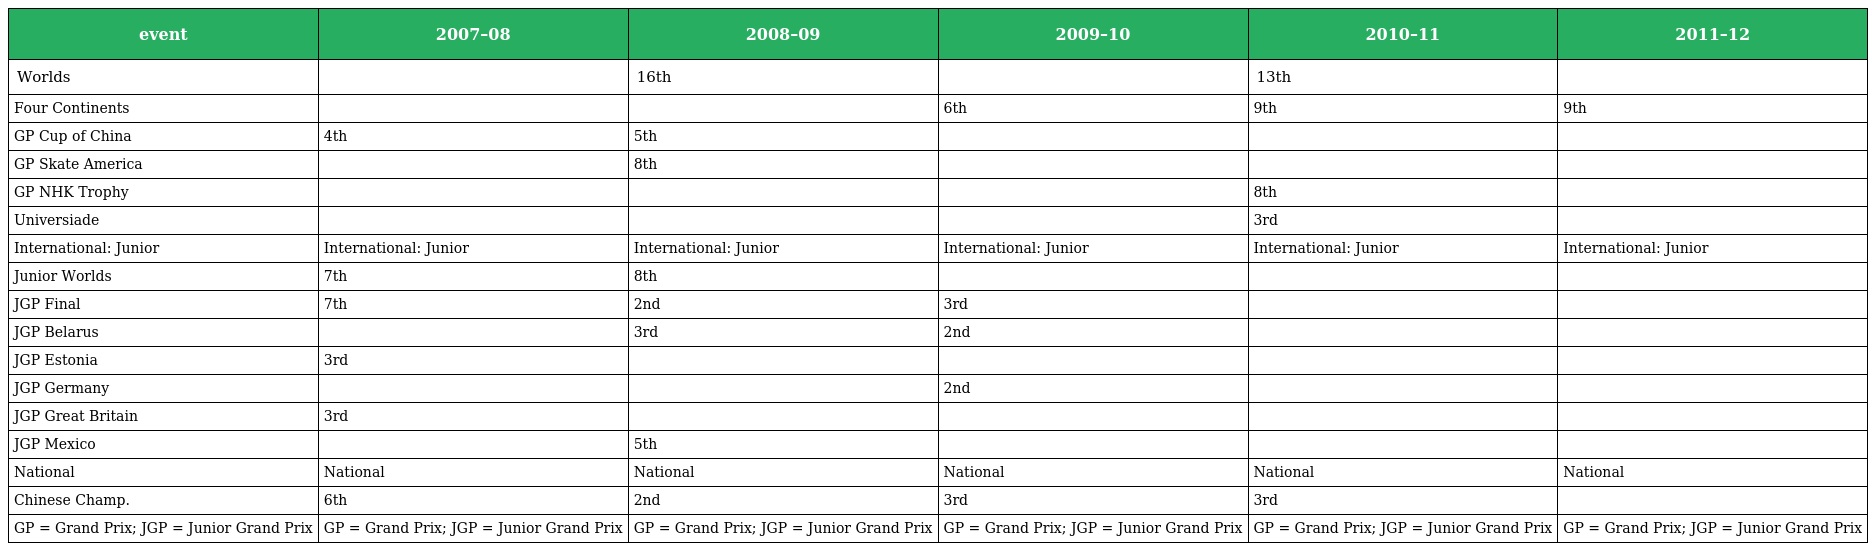
| event | 2007–08 | 2008–09 | 2009–10 | 2010–11 | 2011–12 |
 | --- | --- | --- | --- | --- | --- |
 | Worlds |  | 16th |  | 13th |  |
 | Four Continents |  |  | 6th | 9th | 9th |
 | GP Cup of China | 4th | 5th |  |  |  |
 | GP Skate America |  | 8th |  |  |  |
 | GP NHK Trophy |  |  |  | 8th |  |
 | Universiade |  |  |  | 3rd |  |
 | International: Junior | International: Junior | International: Junior | International: Junior | International: Junior | International: Junior |
 | Junior Worlds | 7th | 8th |  |  |  |
 | JGP Final | 7th | 2nd | 3rd |  |  |
 | JGP Belarus |  | 3rd | 2nd |  |  |
 | JGP Estonia | 3rd |  |  |  |  |
 | JGP Germany |  |  | 2nd |  |  |
 | JGP Great Britain | 3rd |  |  |  |  |
 | JGP Mexico |  | 5th |  |  |  |
 | National | National | National | National | National | National |
 | Chinese Champ. | 6th | 2nd | 3rd | 3rd |  |
 | GP = Grand Prix; JGP = Junior Grand Prix | GP = Grand Prix; JGP = Junior Grand Prix | GP = Grand Prix; JGP = Junior Grand Prix | GP = Grand Prix; JGP = Junior Grand Prix | GP = Grand Prix; JGP = Junior Grand Prix | GP = Grand Prix; JGP = Junior Grand Prix |